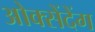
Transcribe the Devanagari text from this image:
ओक्सेंदेंग